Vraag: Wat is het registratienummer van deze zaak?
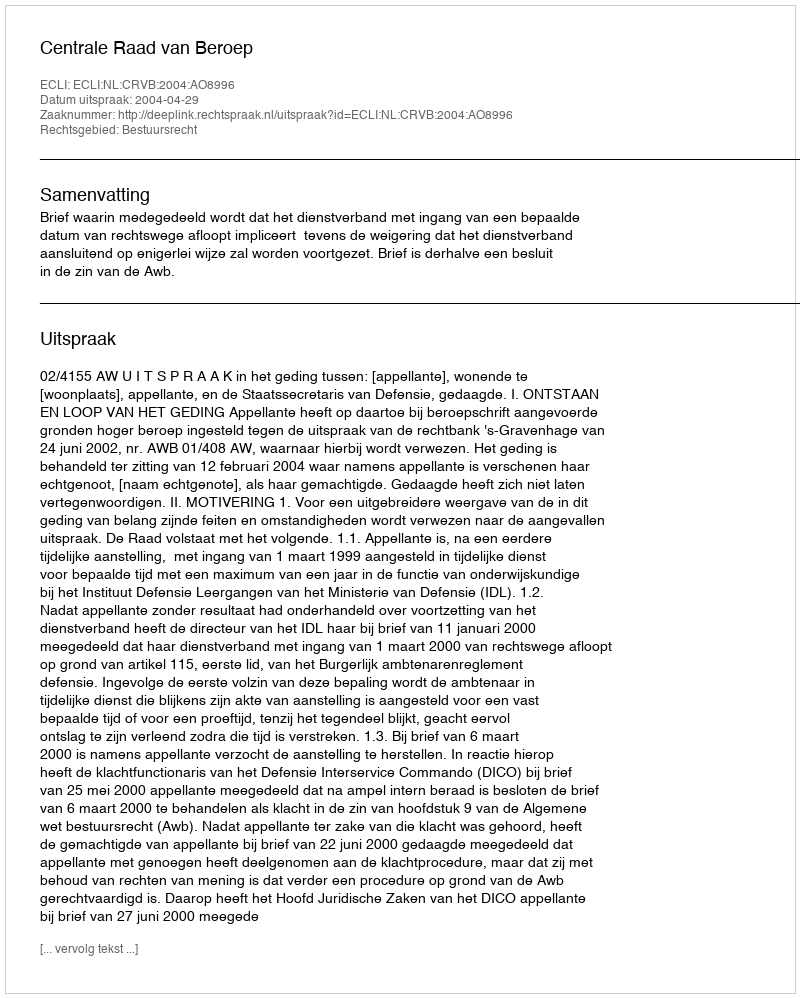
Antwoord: http://deeplink.rechtspraak.nl/uitspraak?id=ECLI:NL:CRVB:2004:AO8996